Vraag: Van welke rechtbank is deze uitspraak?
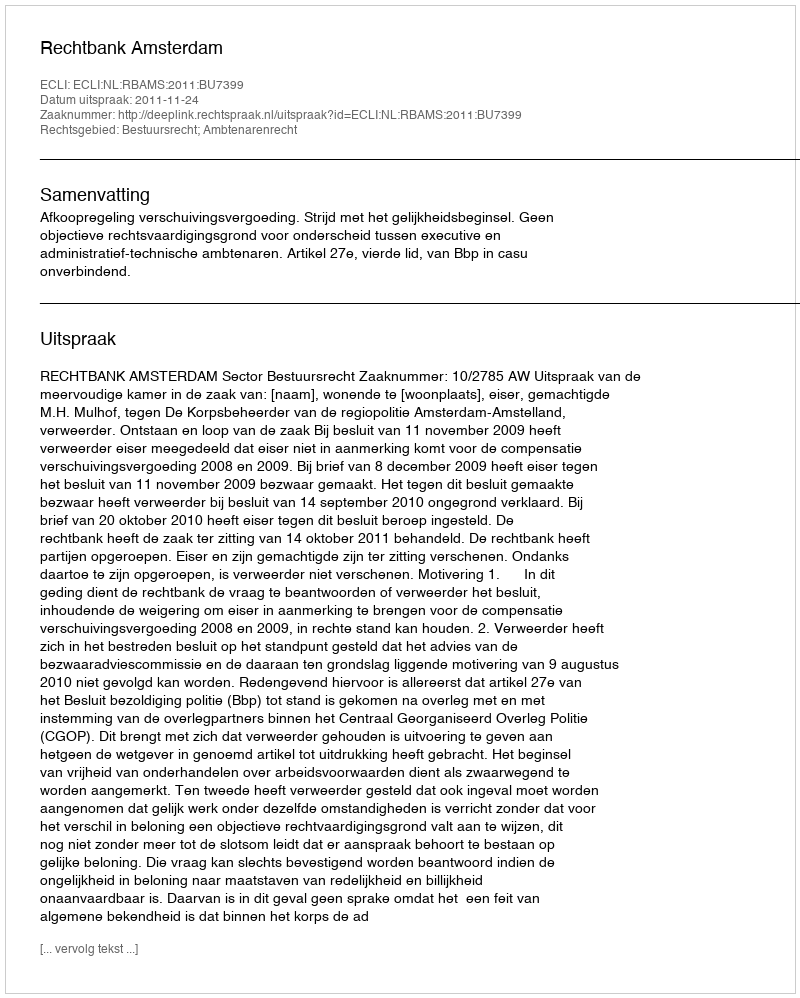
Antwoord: Rechtbank Amsterdam